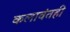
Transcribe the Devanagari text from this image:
कलावंतही